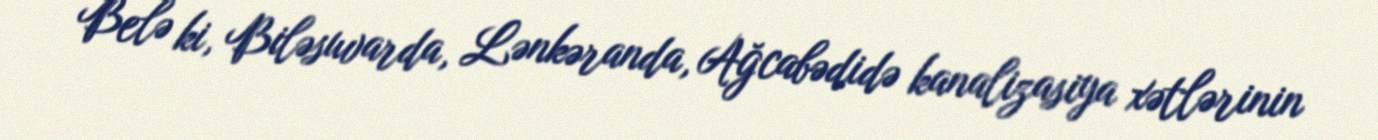
Belə ki, Biləsuvarda, Lənkəranda, Ağcabədidə kanalizasiya xətlərinin